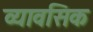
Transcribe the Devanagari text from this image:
व्यावसिक